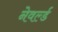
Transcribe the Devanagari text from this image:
नेवर्ल्ड